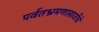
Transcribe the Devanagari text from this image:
पर्वतभ्रमणासाठीचे